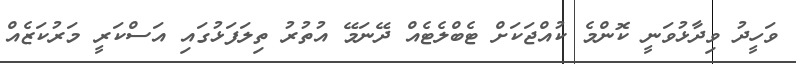
ވަހީދު ވިދާޅުވަނީ ކޮންމެ ކުއްޖަކަށް ޓެބްލެޓެއް ދޭނަމޭ އުތުރު ތިލަފަޅުގައި އަސްކަރީ މަރުކަޒެއް